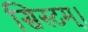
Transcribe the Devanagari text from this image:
सिस्टम्।